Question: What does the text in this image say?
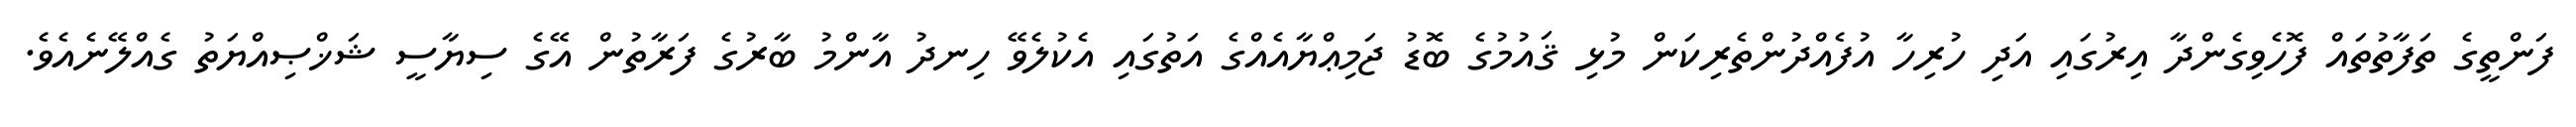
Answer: ފަންތީގެ ތަފާތުތައް ފޮހެވިގެންދާ އިރުގައި އަދި ހުރިހާ އުފެއްދުންތެރިކަން މުޅި ޤައުމުގެ ބޮޑު ޖަމިޢްޔާއެއްގެ އަތުގައި އެކުލެވޭ ހިނދު އާންމު ބާރުގެ ފަރާތުން އޭގެ ސިޔާސީ ޝަޚްޞިއްޔަތު ގެއްލޭނެއެވެ.